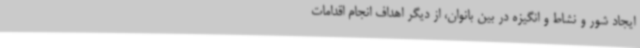
ایجاد شور و نشاط و انگیزه در بین بانوان، از دیگر اهداف انجام اقدامات